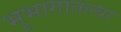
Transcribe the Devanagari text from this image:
भूभागातल्या